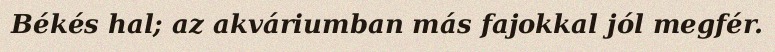
Békés hal; az akváriumban más fajokkal jól megfér.